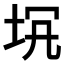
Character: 𡊬